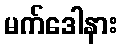
မက်ဒေါနား